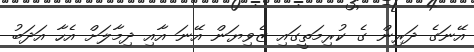
އޭނަގެ ދަރިން ގެ ކުރިމަތީގައި ޒެވިޔަން އޭނަ އާއި ދިމާލަށް އެހާ އަދަބު